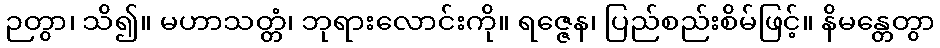
ဉတွာ၊ သိ၍။ မဟာသတ္တံ၊ ဘုရားလောင်းကို။ ရဇ္ဇေန၊ ပြည်စည်းစိမ်ဖြင့်။ နိမန္တေတွာ